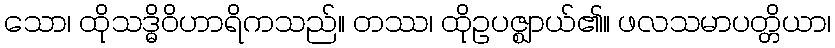
သော၊ ထိုသဒ္ဓိဝိဟာရိကသည်။ တဿ၊ ထိုဥပဇ္ဈာယ်၏။ ဖလသမာပတ္တိယာ၊